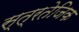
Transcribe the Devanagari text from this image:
स्त्रतेजिक